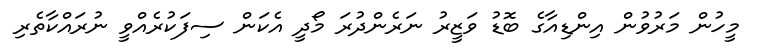
މީހުން މަރުވުން އިންޑިއާގެ ބޮޑު ވަޒީރު ނަރެންދުރަ މޯދީ އެކަން ސިފަކުރެއްވީ ނުރައްކާތެރި